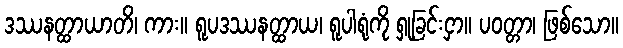
ဒဿနတ္ထာယာတိ၊ ကား။ ရူပဒဿနတ္ထာယ၊ ရူပါရုံကို ရှုခြင်းငှာ။ ပဝတ္တာ၊ ဖြစ်သော။